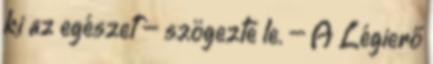
ki az egészet – szögezte le. – A Légierő